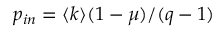
p _ { i n } = \langle k \rangle ( 1 - \mu ) / ( q - 1 )